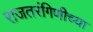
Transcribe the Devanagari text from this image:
राजतरंगिणीच्या